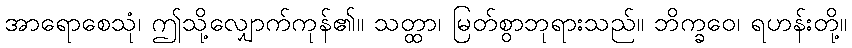
အာရောစေသုံ၊ ဤသို့လျှောက်ကုန်၏။ သတ္ထာ၊ မြတ်စွာဘုရားသည်။ ဘိက္ခဝေ၊ ရဟန်းတို့။